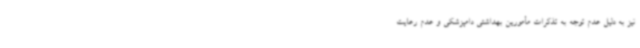
نیز به دلیل عدم توجه به تذکرات مأمورین بهداشتی دامپزشکی و عدم رعایت